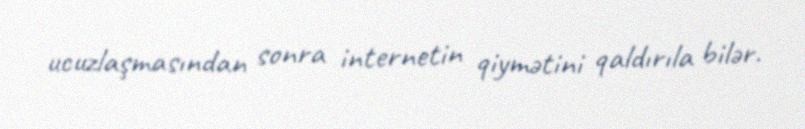
ucuzlaşmasından sonra internetin qiymətini qaldırıla bilər.